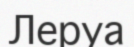
Леруа